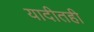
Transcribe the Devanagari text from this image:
यादीतही